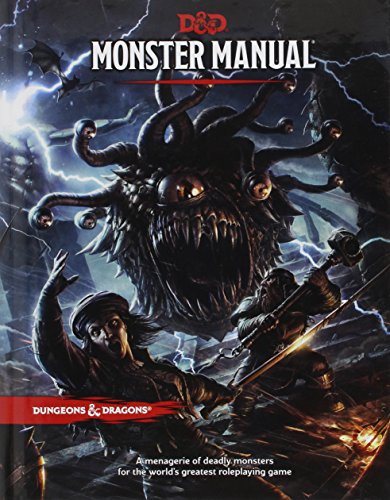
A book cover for Monster Manual (D&D Core Rulebook); Wizards RPG Team; Science Fiction & Fantasy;